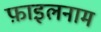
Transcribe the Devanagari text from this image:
फ़ाइलनाम